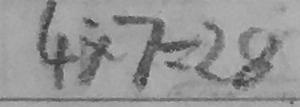
4 \times 7 = 2 8